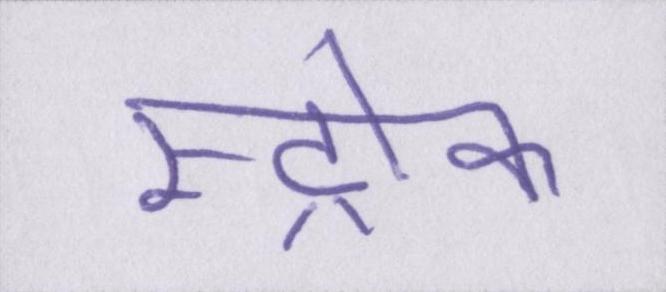
स्ट्रोक